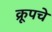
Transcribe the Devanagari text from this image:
क्रूपचे